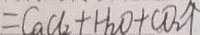
= C a C l _ { 2 } + H _ { 2 } O + C O _ { 2 } \uparrow